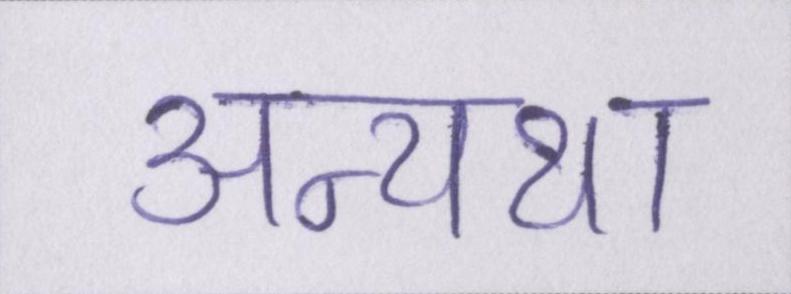
अन्यथा